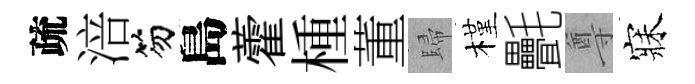
疏涪笏島藿㮔董歸槿㲲尊寐